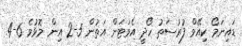
ޑައިނަމޯ ކިއޭވް ފުރުސަތު ހޯދީ އެވަޓަން އަތުން 5-2 އިން މޮޅުވެ 6-4